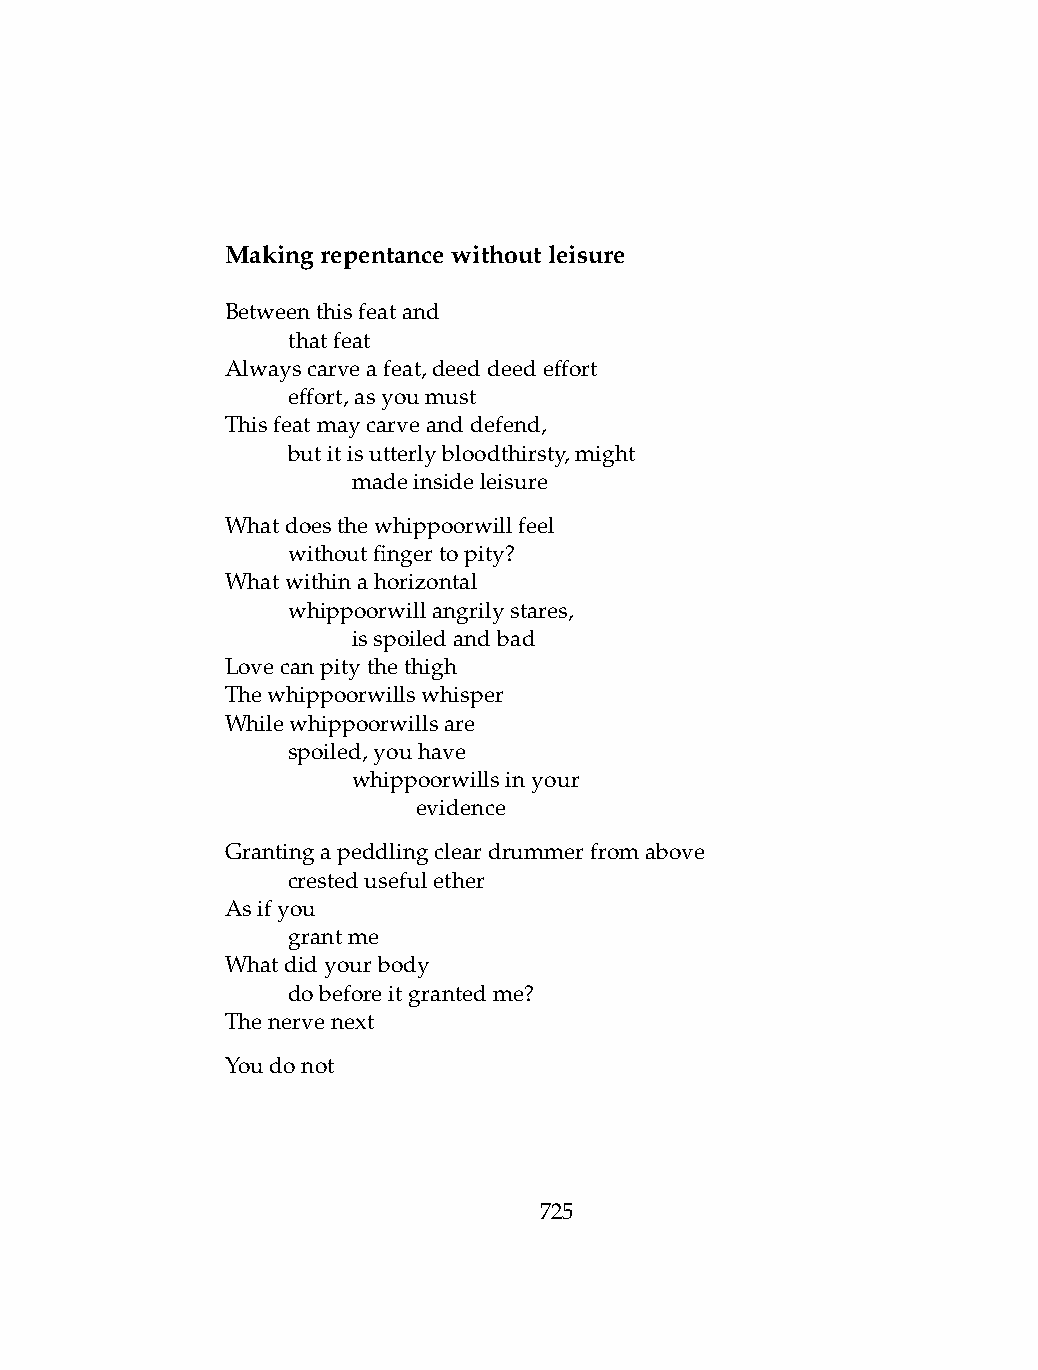
Makingrepentancewithoutleisure
 Betweenthisfeatand
 .   thatfeat
 Alwayscarveafeat,deeddeedeffort
 .   effort,asyoumust
 Thisfeatmaycarveanddefend,
 .   butitisutterlybloodthirsty,might
 .   .   madeinsideleisure
 Whatdoesthewhippoorwillfeel
 .   withoutfingertopity?
 Whatwithinahorizontal
 .   whippoorwillangrilystares,
 .   .   isspoiledandbad
 Lovecanpitythethigh
 Thewhippoorwillswhisper
 Whilewhippoorwillsare
 .   spoiled,youhave
 .   .   whippoorwillsinyour
 .   .   .    evidence
 Grantingapeddlingcleardrummerfromabove
 .   crestedusefulether
 Asifyou
 .   grantme
 Whatdidyourbody
 .   dobeforeitgrantedme?
 Thenervenext
 Youdonot
 725